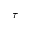
\tau